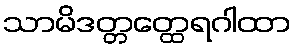
သာမိဒတ္တတ္ထေရဂါထာ